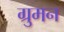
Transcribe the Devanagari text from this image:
ग्रुमन